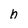
Character: h